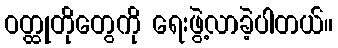
ဝတ္ထုတိုတွေကို ရေးဖွဲ့လာခဲ့ပါတယ်။